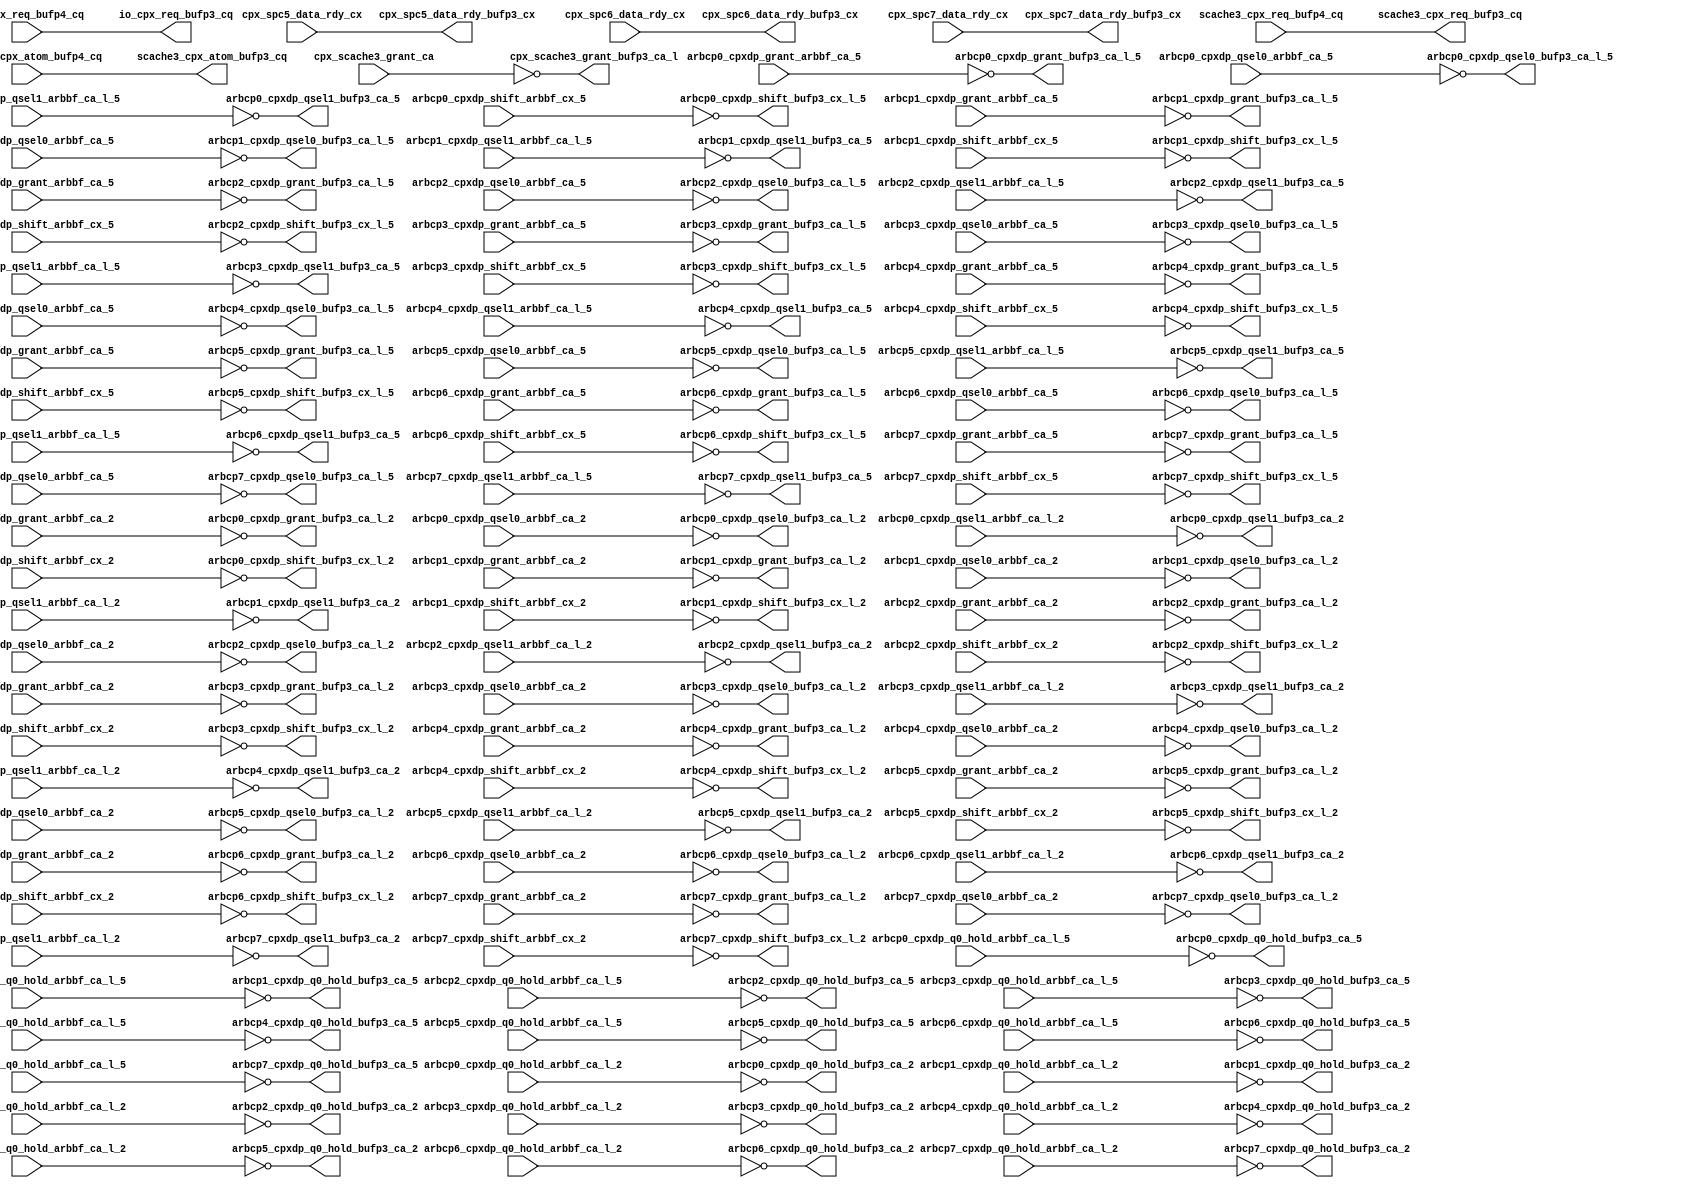
module cpx_buf_p3(/*AUTOARG*/
   // Outputs
   scache3_cpx_req_bufp3_cq, scache3_cpx_atom_bufp3_cq, 
   io_cpx_req_bufp3_cq, cpx_scache3_grant_bufp3_ca_l, 
   cpx_spc5_data_rdy_bufp3_cx, cpx_spc6_data_rdy_bufp3_cx, 
   cpx_spc7_data_rdy_bufp3_cx, arbcp0_cpxdp_grant_bufp3_ca_l_5, 
   arbcp0_cpxdp_q0_hold_bufp3_ca_5, arbcp0_cpxdp_qsel0_bufp3_ca_l_5, 
   arbcp0_cpxdp_qsel1_bufp3_ca_5, arbcp0_cpxdp_shift_bufp3_cx_l_5, 
   arbcp1_cpxdp_grant_bufp3_ca_l_5, arbcp1_cpxdp_q0_hold_bufp3_ca_5, 
   arbcp1_cpxdp_qsel0_bufp3_ca_l_5, arbcp1_cpxdp_qsel1_bufp3_ca_5, 
   arbcp1_cpxdp_shift_bufp3_cx_l_5, arbcp2_cpxdp_grant_bufp3_ca_l_5, 
   arbcp2_cpxdp_q0_hold_bufp3_ca_5, arbcp2_cpxdp_qsel0_bufp3_ca_l_5, 
   arbcp2_cpxdp_qsel1_bufp3_ca_5, arbcp2_cpxdp_shift_bufp3_cx_l_5, 
   arbcp3_cpxdp_grant_bufp3_ca_l_5, arbcp3_cpxdp_q0_hold_bufp3_ca_5, 
   arbcp3_cpxdp_qsel0_bufp3_ca_l_5, arbcp3_cpxdp_qsel1_bufp3_ca_5, 
   arbcp3_cpxdp_shift_bufp3_cx_l_5, arbcp4_cpxdp_grant_bufp3_ca_l_5, 
   arbcp4_cpxdp_q0_hold_bufp3_ca_5, arbcp4_cpxdp_qsel0_bufp3_ca_l_5, 
   arbcp4_cpxdp_qsel1_bufp3_ca_5, arbcp4_cpxdp_shift_bufp3_cx_l_5, 
   arbcp5_cpxdp_grant_bufp3_ca_l_5, arbcp5_cpxdp_q0_hold_bufp3_ca_5, 
   arbcp5_cpxdp_qsel0_bufp3_ca_l_5, arbcp5_cpxdp_qsel1_bufp3_ca_5, 
   arbcp5_cpxdp_shift_bufp3_cx_l_5, arbcp6_cpxdp_grant_bufp3_ca_l_5, 
   arbcp6_cpxdp_q0_hold_bufp3_ca_5, arbcp6_cpxdp_qsel0_bufp3_ca_l_5, 
   arbcp6_cpxdp_qsel1_bufp3_ca_5, arbcp6_cpxdp_shift_bufp3_cx_l_5, 
   arbcp7_cpxdp_grant_bufp3_ca_l_5, arbcp7_cpxdp_q0_hold_bufp3_ca_5, 
   arbcp7_cpxdp_qsel0_bufp3_ca_l_5, arbcp7_cpxdp_qsel1_bufp3_ca_5, 
   arbcp7_cpxdp_shift_bufp3_cx_l_5, arbcp0_cpxdp_grant_bufp3_ca_l_2, 
   arbcp0_cpxdp_q0_hold_bufp3_ca_2, arbcp0_cpxdp_qsel0_bufp3_ca_l_2, 
   arbcp0_cpxdp_qsel1_bufp3_ca_2, arbcp0_cpxdp_shift_bufp3_cx_l_2, 
   arbcp1_cpxdp_grant_bufp3_ca_l_2, arbcp1_cpxdp_q0_hold_bufp3_ca_2, 
   arbcp1_cpxdp_qsel0_bufp3_ca_l_2, arbcp1_cpxdp_qsel1_bufp3_ca_2, 
   arbcp1_cpxdp_shift_bufp3_cx_l_2, arbcp2_cpxdp_grant_bufp3_ca_l_2, 
   arbcp2_cpxdp_q0_hold_bufp3_ca_2, arbcp2_cpxdp_qsel0_bufp3_ca_l_2, 
   arbcp2_cpxdp_qsel1_bufp3_ca_2, arbcp2_cpxdp_shift_bufp3_cx_l_2, 
   arbcp3_cpxdp_grant_bufp3_ca_l_2, arbcp3_cpxdp_q0_hold_bufp3_ca_2, 
   arbcp3_cpxdp_qsel0_bufp3_ca_l_2, arbcp3_cpxdp_qsel1_bufp3_ca_2, 
   arbcp3_cpxdp_shift_bufp3_cx_l_2, arbcp4_cpxdp_grant_bufp3_ca_l_2, 
   arbcp4_cpxdp_q0_hold_bufp3_ca_2, arbcp4_cpxdp_qsel0_bufp3_ca_l_2, 
   arbcp4_cpxdp_qsel1_bufp3_ca_2, arbcp4_cpxdp_shift_bufp3_cx_l_2, 
   arbcp5_cpxdp_grant_bufp3_ca_l_2, arbcp5_cpxdp_q0_hold_bufp3_ca_2, 
   arbcp5_cpxdp_qsel0_bufp3_ca_l_2, arbcp5_cpxdp_qsel1_bufp3_ca_2, 
   arbcp5_cpxdp_shift_bufp3_cx_l_2, arbcp6_cpxdp_grant_bufp3_ca_l_2, 
   arbcp6_cpxdp_q0_hold_bufp3_ca_2, arbcp6_cpxdp_qsel0_bufp3_ca_l_2, 
   arbcp6_cpxdp_qsel1_bufp3_ca_2, arbcp6_cpxdp_shift_bufp3_cx_l_2, 
   arbcp7_cpxdp_grant_bufp3_ca_l_2, arbcp7_cpxdp_q0_hold_bufp3_ca_2, 
   arbcp7_cpxdp_qsel0_bufp3_ca_l_2, arbcp7_cpxdp_qsel1_bufp3_ca_2, 
   arbcp7_cpxdp_shift_bufp3_cx_l_2, 
   // Inputs
   scache3_cpx_req_bufp4_cq, scache3_cpx_atom_bufp4_cq, 
   io_cpx_req_bufp4_cq, cpx_scache3_grant_ca, cpx_spc5_data_rdy_cx, 
   cpx_spc6_data_rdy_cx, cpx_spc7_data_rdy_cx, 
   arbcp0_cpxdp_grant_arbbf_ca_5, arbcp0_cpxdp_q0_hold_arbbf_ca_l_5, 
   arbcp0_cpxdp_qsel0_arbbf_ca_5, arbcp0_cpxdp_qsel1_arbbf_ca_l_5, 
   arbcp0_cpxdp_shift_arbbf_cx_5, arbcp1_cpxdp_grant_arbbf_ca_5, 
   arbcp1_cpxdp_q0_hold_arbbf_ca_l_5, arbcp1_cpxdp_qsel0_arbbf_ca_5, 
   arbcp1_cpxdp_qsel1_arbbf_ca_l_5, arbcp1_cpxdp_shift_arbbf_cx_5, 
   arbcp2_cpxdp_grant_arbbf_ca_5, arbcp2_cpxdp_q0_hold_arbbf_ca_l_5, 
   arbcp2_cpxdp_qsel0_arbbf_ca_5, arbcp2_cpxdp_qsel1_arbbf_ca_l_5, 
   arbcp2_cpxdp_shift_arbbf_cx_5, arbcp3_cpxdp_grant_arbbf_ca_5, 
   arbcp3_cpxdp_q0_hold_arbbf_ca_l_5, arbcp3_cpxdp_qsel0_arbbf_ca_5, 
   arbcp3_cpxdp_qsel1_arbbf_ca_l_5, arbcp3_cpxdp_shift_arbbf_cx_5, 
   arbcp4_cpxdp_grant_arbbf_ca_5, arbcp4_cpxdp_q0_hold_arbbf_ca_l_5, 
   arbcp4_cpxdp_qsel0_arbbf_ca_5, arbcp4_cpxdp_qsel1_arbbf_ca_l_5, 
   arbcp4_cpxdp_shift_arbbf_cx_5, arbcp5_cpxdp_grant_arbbf_ca_5, 
   arbcp5_cpxdp_q0_hold_arbbf_ca_l_5, arbcp5_cpxdp_qsel0_arbbf_ca_5, 
   arbcp5_cpxdp_qsel1_arbbf_ca_l_5, arbcp5_cpxdp_shift_arbbf_cx_5, 
   arbcp6_cpxdp_grant_arbbf_ca_5, arbcp6_cpxdp_q0_hold_arbbf_ca_l_5, 
   arbcp6_cpxdp_qsel0_arbbf_ca_5, arbcp6_cpxdp_qsel1_arbbf_ca_l_5, 
   arbcp6_cpxdp_shift_arbbf_cx_5, arbcp7_cpxdp_grant_arbbf_ca_5, 
   arbcp7_cpxdp_q0_hold_arbbf_ca_l_5, arbcp7_cpxdp_qsel0_arbbf_ca_5, 
   arbcp7_cpxdp_qsel1_arbbf_ca_l_5, arbcp7_cpxdp_shift_arbbf_cx_5, 
   arbcp0_cpxdp_grant_arbbf_ca_2, arbcp0_cpxdp_q0_hold_arbbf_ca_l_2, 
   arbcp0_cpxdp_qsel0_arbbf_ca_2, arbcp0_cpxdp_qsel1_arbbf_ca_l_2, 
   arbcp0_cpxdp_shift_arbbf_cx_2, arbcp1_cpxdp_grant_arbbf_ca_2, 
   arbcp1_cpxdp_q0_hold_arbbf_ca_l_2, arbcp1_cpxdp_qsel0_arbbf_ca_2, 
   arbcp1_cpxdp_qsel1_arbbf_ca_l_2, arbcp1_cpxdp_shift_arbbf_cx_2, 
   arbcp2_cpxdp_grant_arbbf_ca_2, arbcp2_cpxdp_q0_hold_arbbf_ca_l_2, 
   arbcp2_cpxdp_qsel0_arbbf_ca_2, arbcp2_cpxdp_qsel1_arbbf_ca_l_2, 
   arbcp2_cpxdp_shift_arbbf_cx_2, arbcp3_cpxdp_grant_arbbf_ca_2, 
   arbcp3_cpxdp_q0_hold_arbbf_ca_l_2, arbcp3_cpxdp_qsel0_arbbf_ca_2, 
   arbcp3_cpxdp_qsel1_arbbf_ca_l_2, arbcp3_cpxdp_shift_arbbf_cx_2, 
   arbcp4_cpxdp_grant_arbbf_ca_2, arbcp4_cpxdp_q0_hold_arbbf_ca_l_2, 
   arbcp4_cpxdp_qsel0_arbbf_ca_2, arbcp4_cpxdp_qsel1_arbbf_ca_l_2, 
   arbcp4_cpxdp_shift_arbbf_cx_2, arbcp5_cpxdp_grant_arbbf_ca_2, 
   arbcp5_cpxdp_q0_hold_arbbf_ca_l_2, arbcp5_cpxdp_qsel0_arbbf_ca_2, 
   arbcp5_cpxdp_qsel1_arbbf_ca_l_2, arbcp5_cpxdp_shift_arbbf_cx_2, 
   arbcp6_cpxdp_grant_arbbf_ca_2, arbcp6_cpxdp_q0_hold_arbbf_ca_l_2, 
   arbcp6_cpxdp_qsel0_arbbf_ca_2, arbcp6_cpxdp_qsel1_arbbf_ca_l_2, 
   arbcp6_cpxdp_shift_arbbf_cx_2, arbcp7_cpxdp_grant_arbbf_ca_2, 
   arbcp7_cpxdp_q0_hold_arbbf_ca_l_2, arbcp7_cpxdp_qsel0_arbbf_ca_2, 
   arbcp7_cpxdp_qsel1_arbbf_ca_l_2, arbcp7_cpxdp_shift_arbbf_cx_2
   );
   
   output [7:0]		scache3_cpx_req_bufp3_cq		        ;	
   output 		scache3_cpx_atom_bufp3_cq		        ;	
   output [7:0]		io_cpx_req_bufp3_cq		        ;	
   output [7:0]		cpx_scache3_grant_bufp3_ca_l;
   output     		cpx_spc5_data_rdy_bufp3_cx;
   output     		cpx_spc6_data_rdy_bufp3_cx;
   output     		cpx_spc7_data_rdy_bufp3_cx;

   output 		arbcp0_cpxdp_grant_bufp3_ca_l_5		;	
   output 		arbcp0_cpxdp_q0_hold_bufp3_ca_5		;
   output 		arbcp0_cpxdp_qsel0_bufp3_ca_l_5		;	
   output 		arbcp0_cpxdp_qsel1_bufp3_ca_5		;	
   output 		arbcp0_cpxdp_shift_bufp3_cx_l_5		;	

   output 		arbcp1_cpxdp_grant_bufp3_ca_l_5		;	
   output 		arbcp1_cpxdp_q0_hold_bufp3_ca_5		;
   output 		arbcp1_cpxdp_qsel0_bufp3_ca_l_5		;	
   output 		arbcp1_cpxdp_qsel1_bufp3_ca_5		;	
   output 		arbcp1_cpxdp_shift_bufp3_cx_l_5		;	

   output 		arbcp2_cpxdp_grant_bufp3_ca_l_5		;	
   output 		arbcp2_cpxdp_q0_hold_bufp3_ca_5		;
   output 		arbcp2_cpxdp_qsel0_bufp3_ca_l_5		;	
   output 		arbcp2_cpxdp_qsel1_bufp3_ca_5		;	
   output 		arbcp2_cpxdp_shift_bufp3_cx_l_5		;	

   output 		arbcp3_cpxdp_grant_bufp3_ca_l_5		;	
   output 		arbcp3_cpxdp_q0_hold_bufp3_ca_5		;
   output 		arbcp3_cpxdp_qsel0_bufp3_ca_l_5		;	
   output 		arbcp3_cpxdp_qsel1_bufp3_ca_5		;	
   output 		arbcp3_cpxdp_shift_bufp3_cx_l_5		;	

   output 		arbcp4_cpxdp_grant_bufp3_ca_l_5		;	
   output 		arbcp4_cpxdp_q0_hold_bufp3_ca_5		;
   output 		arbcp4_cpxdp_qsel0_bufp3_ca_l_5		;	
   output 		arbcp4_cpxdp_qsel1_bufp3_ca_5		;	
   output 		arbcp4_cpxdp_shift_bufp3_cx_l_5		;	

   output 		arbcp5_cpxdp_grant_bufp3_ca_l_5		;	
   output 		arbcp5_cpxdp_q0_hold_bufp3_ca_5		;
   output 		arbcp5_cpxdp_qsel0_bufp3_ca_l_5		;	
   output 		arbcp5_cpxdp_qsel1_bufp3_ca_5		;	
   output 		arbcp5_cpxdp_shift_bufp3_cx_l_5		;	

   output 		arbcp6_cpxdp_grant_bufp3_ca_l_5		;	
   output 		arbcp6_cpxdp_q0_hold_bufp3_ca_5		;
   output 		arbcp6_cpxdp_qsel0_bufp3_ca_l_5		;	
   output 		arbcp6_cpxdp_qsel1_bufp3_ca_5		;	
   output 		arbcp6_cpxdp_shift_bufp3_cx_l_5		;	

   output 		arbcp7_cpxdp_grant_bufp3_ca_l_5		;	
   output 		arbcp7_cpxdp_q0_hold_bufp3_ca_5		;
   output 		arbcp7_cpxdp_qsel0_bufp3_ca_l_5		;	
   output 		arbcp7_cpxdp_qsel1_bufp3_ca_5		;	
   output 		arbcp7_cpxdp_shift_bufp3_cx_l_5		;	
   
   


   input [7:0]		scache3_cpx_req_bufp4_cq;	
   input 		scache3_cpx_atom_bufp4_cq;	
   input [7:0]		io_cpx_req_bufp4_cq;	
   input [7:0]		cpx_scache3_grant_ca;
   input     		cpx_spc5_data_rdy_cx;
   input     		cpx_spc6_data_rdy_cx;
   input     		cpx_spc7_data_rdy_cx;

   
   input 		arbcp0_cpxdp_grant_arbbf_ca_5;	
   input 		arbcp0_cpxdp_q0_hold_arbbf_ca_l_5;
   input 		arbcp0_cpxdp_qsel0_arbbf_ca_5;	
   input 		arbcp0_cpxdp_qsel1_arbbf_ca_l_5;	
   input 		arbcp0_cpxdp_shift_arbbf_cx_5;	

   input 		arbcp1_cpxdp_grant_arbbf_ca_5;	
   input 		arbcp1_cpxdp_q0_hold_arbbf_ca_l_5;
   input 		arbcp1_cpxdp_qsel0_arbbf_ca_5;	
   input 		arbcp1_cpxdp_qsel1_arbbf_ca_l_5;	
   input 		arbcp1_cpxdp_shift_arbbf_cx_5;	

   input 		arbcp2_cpxdp_grant_arbbf_ca_5;	
   input 		arbcp2_cpxdp_q0_hold_arbbf_ca_l_5;
   input 		arbcp2_cpxdp_qsel0_arbbf_ca_5;	
   input 		arbcp2_cpxdp_qsel1_arbbf_ca_l_5;	
   input 		arbcp2_cpxdp_shift_arbbf_cx_5;	

   input 		arbcp3_cpxdp_grant_arbbf_ca_5;	
   input 		arbcp3_cpxdp_q0_hold_arbbf_ca_l_5;
   input 		arbcp3_cpxdp_qsel0_arbbf_ca_5;	
   input 		arbcp3_cpxdp_qsel1_arbbf_ca_l_5;	
   input 		arbcp3_cpxdp_shift_arbbf_cx_5;	

   input 		arbcp4_cpxdp_grant_arbbf_ca_5;	
   input 		arbcp4_cpxdp_q0_hold_arbbf_ca_l_5;
   input 		arbcp4_cpxdp_qsel0_arbbf_ca_5;	
   input 		arbcp4_cpxdp_qsel1_arbbf_ca_l_5;	
   input 		arbcp4_cpxdp_shift_arbbf_cx_5;	

   input 		arbcp5_cpxdp_grant_arbbf_ca_5;	
   input 		arbcp5_cpxdp_q0_hold_arbbf_ca_l_5;
   input 		arbcp5_cpxdp_qsel0_arbbf_ca_5;	
   input 		arbcp5_cpxdp_qsel1_arbbf_ca_l_5;	
   input 		arbcp5_cpxdp_shift_arbbf_cx_5;	

   input 		arbcp6_cpxdp_grant_arbbf_ca_5;	
   input 		arbcp6_cpxdp_q0_hold_arbbf_ca_l_5;
   input 		arbcp6_cpxdp_qsel0_arbbf_ca_5;	
   input 		arbcp6_cpxdp_qsel1_arbbf_ca_l_5;	
   input 		arbcp6_cpxdp_shift_arbbf_cx_5;	

   input 		arbcp7_cpxdp_grant_arbbf_ca_5;	
   input 		arbcp7_cpxdp_q0_hold_arbbf_ca_l_5;
   input 		arbcp7_cpxdp_qsel0_arbbf_ca_5;	
   input 		arbcp7_cpxdp_qsel1_arbbf_ca_l_5;	
   input 		arbcp7_cpxdp_shift_arbbf_cx_5;	
   

   output 		arbcp0_cpxdp_grant_bufp3_ca_l_2		;	
   output 		arbcp0_cpxdp_q0_hold_bufp3_ca_2		;
   output 		arbcp0_cpxdp_qsel0_bufp3_ca_l_2		;	
   output 		arbcp0_cpxdp_qsel1_bufp3_ca_2		;	
   output 		arbcp0_cpxdp_shift_bufp3_cx_l_2		;	

   output 		arbcp1_cpxdp_grant_bufp3_ca_l_2		;	
   output 		arbcp1_cpxdp_q0_hold_bufp3_ca_2		;
   output 		arbcp1_cpxdp_qsel0_bufp3_ca_l_2		;	
   output 		arbcp1_cpxdp_qsel1_bufp3_ca_2		;	
   output 		arbcp1_cpxdp_shift_bufp3_cx_l_2		;	

   output 		arbcp2_cpxdp_grant_bufp3_ca_l_2		;	
   output 		arbcp2_cpxdp_q0_hold_bufp3_ca_2		;
   output 		arbcp2_cpxdp_qsel0_bufp3_ca_l_2		;	
   output 		arbcp2_cpxdp_qsel1_bufp3_ca_2		;	
   output 		arbcp2_cpxdp_shift_bufp3_cx_l_2		;	

   output 		arbcp3_cpxdp_grant_bufp3_ca_l_2		;	
   output 		arbcp3_cpxdp_q0_hold_bufp3_ca_2		;
   output 		arbcp3_cpxdp_qsel0_bufp3_ca_l_2		;	
   output 		arbcp3_cpxdp_qsel1_bufp3_ca_2		;	
   output 		arbcp3_cpxdp_shift_bufp3_cx_l_2		;	

   output 		arbcp4_cpxdp_grant_bufp3_ca_l_2		;	
   output 		arbcp4_cpxdp_q0_hold_bufp3_ca_2		;
   output 		arbcp4_cpxdp_qsel0_bufp3_ca_l_2		;	
   output 		arbcp4_cpxdp_qsel1_bufp3_ca_2		;	
   output 		arbcp4_cpxdp_shift_bufp3_cx_l_2		;	

   output 		arbcp5_cpxdp_grant_bufp3_ca_l_2		;	
   output 		arbcp5_cpxdp_q0_hold_bufp3_ca_2		;
   output 		arbcp5_cpxdp_qsel0_bufp3_ca_l_2		;	
   output 		arbcp5_cpxdp_qsel1_bufp3_ca_2		;	
   output 		arbcp5_cpxdp_shift_bufp3_cx_l_2		;	

   output 		arbcp6_cpxdp_grant_bufp3_ca_l_2		;	
   output 		arbcp6_cpxdp_q0_hold_bufp3_ca_2		;
   output 		arbcp6_cpxdp_qsel0_bufp3_ca_l_2		;	
   output 		arbcp6_cpxdp_qsel1_bufp3_ca_2		;	
   output 		arbcp6_cpxdp_shift_bufp3_cx_l_2		;	

   output 		arbcp7_cpxdp_grant_bufp3_ca_l_2		;	
   output 		arbcp7_cpxdp_q0_hold_bufp3_ca_2		;
   output 		arbcp7_cpxdp_qsel0_bufp3_ca_l_2		;	
   output 		arbcp7_cpxdp_qsel1_bufp3_ca_2		;	
   output 		arbcp7_cpxdp_shift_bufp3_cx_l_2		;	
   
   
   input 		arbcp0_cpxdp_grant_arbbf_ca_2;	
   input 		arbcp0_cpxdp_q0_hold_arbbf_ca_l_2;
   input 		arbcp0_cpxdp_qsel0_arbbf_ca_2;	
   input 		arbcp0_cpxdp_qsel1_arbbf_ca_l_2;	
   input 		arbcp0_cpxdp_shift_arbbf_cx_2;	

   input 		arbcp1_cpxdp_grant_arbbf_ca_2;	
   input 		arbcp1_cpxdp_q0_hold_arbbf_ca_l_2;
   input 		arbcp1_cpxdp_qsel0_arbbf_ca_2;	
   input 		arbcp1_cpxdp_qsel1_arbbf_ca_l_2;	
   input 		arbcp1_cpxdp_shift_arbbf_cx_2;	

   input 		arbcp2_cpxdp_grant_arbbf_ca_2;	
   input 		arbcp2_cpxdp_q0_hold_arbbf_ca_l_2;
   input 		arbcp2_cpxdp_qsel0_arbbf_ca_2;	
   input 		arbcp2_cpxdp_qsel1_arbbf_ca_l_2;	
   input 		arbcp2_cpxdp_shift_arbbf_cx_2;	

   input 		arbcp3_cpxdp_grant_arbbf_ca_2;	
   input 		arbcp3_cpxdp_q0_hold_arbbf_ca_l_2;
   input 		arbcp3_cpxdp_qsel0_arbbf_ca_2;	
   input 		arbcp3_cpxdp_qsel1_arbbf_ca_l_2;	
   input 		arbcp3_cpxdp_shift_arbbf_cx_2;	

   input 		arbcp4_cpxdp_grant_arbbf_ca_2;	
   input 		arbcp4_cpxdp_q0_hold_arbbf_ca_l_2;
   input 		arbcp4_cpxdp_qsel0_arbbf_ca_2;	
   input 		arbcp4_cpxdp_qsel1_arbbf_ca_l_2;	
   input 		arbcp4_cpxdp_shift_arbbf_cx_2;	

   input 		arbcp5_cpxdp_grant_arbbf_ca_2;	
   input 		arbcp5_cpxdp_q0_hold_arbbf_ca_l_2;
   input 		arbcp5_cpxdp_qsel0_arbbf_ca_2;	
   input 		arbcp5_cpxdp_qsel1_arbbf_ca_l_2;	
   input 		arbcp5_cpxdp_shift_arbbf_cx_2;	

   input 		arbcp6_cpxdp_grant_arbbf_ca_2;	
   input 		arbcp6_cpxdp_q0_hold_arbbf_ca_l_2;
   input 		arbcp6_cpxdp_qsel0_arbbf_ca_2;	
   input 		arbcp6_cpxdp_qsel1_arbbf_ca_l_2;	
   input 		arbcp6_cpxdp_shift_arbbf_cx_2;	

   input 		arbcp7_cpxdp_grant_arbbf_ca_2;	
   input 		arbcp7_cpxdp_q0_hold_arbbf_ca_l_2;
   input 		arbcp7_cpxdp_qsel0_arbbf_ca_2;	
   input 		arbcp7_cpxdp_qsel1_arbbf_ca_l_2;	
   input 		arbcp7_cpxdp_shift_arbbf_cx_2;	
   

   assign		scache3_cpx_req_bufp3_cq[7:0]		=        scache3_cpx_req_bufp4_cq[7:0];
   assign 		scache3_cpx_atom_bufp3_cq		=        scache3_cpx_atom_bufp4_cq;
   assign		io_cpx_req_bufp3_cq[7:0]		=        io_cpx_req_bufp4_cq[7:0];
   assign               cpx_scache3_grant_bufp3_ca_l =                   ~cpx_scache3_grant_ca;
   assign     		cpx_spc5_data_rdy_bufp3_cx              =         cpx_spc5_data_rdy_cx;
   assign     		cpx_spc6_data_rdy_bufp3_cx              =         cpx_spc6_data_rdy_cx;
   assign     		cpx_spc7_data_rdy_bufp3_cx              =         cpx_spc7_data_rdy_cx;
   
								
   assign		arbcp0_cpxdp_grant_bufp3_ca_l_5	   =       ~  arbcp0_cpxdp_grant_arbbf_ca_5;      	
   assign		arbcp0_cpxdp_q0_hold_bufp3_ca_5	   =       ~ arbcp0_cpxdp_q0_hold_arbbf_ca_l_5;  
   assign		arbcp0_cpxdp_qsel0_bufp3_ca_l_5	   =       ~ arbcp0_cpxdp_qsel0_arbbf_ca_5;      
   assign		arbcp0_cpxdp_qsel1_bufp3_ca_5	   =       ~ arbcp0_cpxdp_qsel1_arbbf_ca_l_5;    
   assign		arbcp0_cpxdp_shift_bufp3_cx_l_5	   =       ~ arbcp0_cpxdp_shift_arbbf_cx_5;      
								                                                    
   assign		arbcp1_cpxdp_grant_bufp3_ca_l_5	   =       ~  arbcp1_cpxdp_grant_arbbf_ca_5;      	
   assign		arbcp1_cpxdp_q0_hold_bufp3_ca_5	   =       ~ arbcp1_cpxdp_q0_hold_arbbf_ca_l_5;  
   assign		arbcp1_cpxdp_qsel0_bufp3_ca_l_5	   =       ~ arbcp1_cpxdp_qsel0_arbbf_ca_5;      
   assign		arbcp1_cpxdp_qsel1_bufp3_ca_5	   =       ~ arbcp1_cpxdp_qsel1_arbbf_ca_l_5;    
   assign		arbcp1_cpxdp_shift_bufp3_cx_l_5	   =       ~ arbcp1_cpxdp_shift_arbbf_cx_5;      
								                                                    
   assign		arbcp2_cpxdp_grant_bufp3_ca_l_5	   =       ~  arbcp2_cpxdp_grant_arbbf_ca_5;      	
   assign		arbcp2_cpxdp_q0_hold_bufp3_ca_5	   =       ~ arbcp2_cpxdp_q0_hold_arbbf_ca_l_5;  
   assign		arbcp2_cpxdp_qsel0_bufp3_ca_l_5	   =       ~ arbcp2_cpxdp_qsel0_arbbf_ca_5;      
   assign		arbcp2_cpxdp_qsel1_bufp3_ca_5	   =       ~ arbcp2_cpxdp_qsel1_arbbf_ca_l_5;    
   assign		arbcp2_cpxdp_shift_bufp3_cx_l_5	   =       ~ arbcp2_cpxdp_shift_arbbf_cx_5;      
								                                                    
   assign		arbcp3_cpxdp_grant_bufp3_ca_l_5	   =       ~  arbcp3_cpxdp_grant_arbbf_ca_5;      	
   assign		arbcp3_cpxdp_q0_hold_bufp3_ca_5	   =       ~ arbcp3_cpxdp_q0_hold_arbbf_ca_l_5;  
   assign		arbcp3_cpxdp_qsel0_bufp3_ca_l_5	   =       ~ arbcp3_cpxdp_qsel0_arbbf_ca_5;      
   assign		arbcp3_cpxdp_qsel1_bufp3_ca_5	   =       ~ arbcp3_cpxdp_qsel1_arbbf_ca_l_5;    
   assign		arbcp3_cpxdp_shift_bufp3_cx_l_5	   =       ~ arbcp3_cpxdp_shift_arbbf_cx_5;      
								                                                    
   assign		arbcp4_cpxdp_grant_bufp3_ca_l_5	   =       ~  arbcp4_cpxdp_grant_arbbf_ca_5;      	
   assign		arbcp4_cpxdp_q0_hold_bufp3_ca_5	   =       ~ arbcp4_cpxdp_q0_hold_arbbf_ca_l_5;  
   assign		arbcp4_cpxdp_qsel0_bufp3_ca_l_5	   =       ~ arbcp4_cpxdp_qsel0_arbbf_ca_5;      
   assign		arbcp4_cpxdp_qsel1_bufp3_ca_5	   =       ~ arbcp4_cpxdp_qsel1_arbbf_ca_l_5;    
   assign		arbcp4_cpxdp_shift_bufp3_cx_l_5	   =       ~ arbcp4_cpxdp_shift_arbbf_cx_5;      
								                                                    
   assign		arbcp5_cpxdp_grant_bufp3_ca_l_5	   =       ~  arbcp5_cpxdp_grant_arbbf_ca_5;      	
   assign		arbcp5_cpxdp_q0_hold_bufp3_ca_5	   =       ~ arbcp5_cpxdp_q0_hold_arbbf_ca_l_5;  
   assign		arbcp5_cpxdp_qsel0_bufp3_ca_l_5	   =       ~ arbcp5_cpxdp_qsel0_arbbf_ca_5;      
   assign		arbcp5_cpxdp_qsel1_bufp3_ca_5	   =       ~ arbcp5_cpxdp_qsel1_arbbf_ca_l_5;    
   assign		arbcp5_cpxdp_shift_bufp3_cx_l_5	   =       ~ arbcp5_cpxdp_shift_arbbf_cx_5;         
								                                                    
   assign		arbcp6_cpxdp_grant_bufp3_ca_l_5	   =       ~  arbcp6_cpxdp_grant_arbbf_ca_5;      	
   assign		arbcp6_cpxdp_q0_hold_bufp3_ca_5	   =       ~ arbcp6_cpxdp_q0_hold_arbbf_ca_l_5;  
   assign		arbcp6_cpxdp_qsel0_bufp3_ca_l_5	   =       ~ arbcp6_cpxdp_qsel0_arbbf_ca_5;      
   assign		arbcp6_cpxdp_qsel1_bufp3_ca_5	   =       ~ arbcp6_cpxdp_qsel1_arbbf_ca_l_5;    
   assign		arbcp6_cpxdp_shift_bufp3_cx_l_5	   =       ~ arbcp6_cpxdp_shift_arbbf_cx_5;         
								                                                    
   assign		arbcp7_cpxdp_grant_bufp3_ca_l_5	   =       ~  arbcp7_cpxdp_grant_arbbf_ca_5;      	
   assign		arbcp7_cpxdp_q0_hold_bufp3_ca_5	   =       ~ arbcp7_cpxdp_q0_hold_arbbf_ca_l_5;  
   assign		arbcp7_cpxdp_qsel0_bufp3_ca_l_5	   =       ~ arbcp7_cpxdp_qsel0_arbbf_ca_5;      
   assign		arbcp7_cpxdp_qsel1_bufp3_ca_5	   =       ~ arbcp7_cpxdp_qsel1_arbbf_ca_l_5;    
   assign		arbcp7_cpxdp_shift_bufp3_cx_l_5	   =       ~ arbcp7_cpxdp_shift_arbbf_cx_5;         

   assign               arbcp0_cpxdp_grant_bufp3_ca_l_2    =       ~  arbcp0_cpxdp_grant_arbbf_ca_2;
   assign               arbcp0_cpxdp_q0_hold_bufp3_ca_2    =       ~ arbcp0_cpxdp_q0_hold_arbbf_ca_l_2;
   assign               arbcp0_cpxdp_qsel0_bufp3_ca_l_2    =       ~ arbcp0_cpxdp_qsel0_arbbf_ca_2;
   assign               arbcp0_cpxdp_qsel1_bufp3_ca_2      =       ~ arbcp0_cpxdp_qsel1_arbbf_ca_l_2;
   assign               arbcp0_cpxdp_shift_bufp3_cx_l_2    =       ~ arbcp0_cpxdp_shift_arbbf_cx_2;
                                                       
   assign               arbcp1_cpxdp_grant_bufp3_ca_l_2    =       ~  arbcp1_cpxdp_grant_arbbf_ca_2;
   assign               arbcp1_cpxdp_q0_hold_bufp3_ca_2    =       ~ arbcp1_cpxdp_q0_hold_arbbf_ca_l_2;
   assign               arbcp1_cpxdp_qsel0_bufp3_ca_l_2    =       ~ arbcp1_cpxdp_qsel0_arbbf_ca_2;
   assign               arbcp1_cpxdp_qsel1_bufp3_ca_2      =       ~ arbcp1_cpxdp_qsel1_arbbf_ca_l_2;
   assign               arbcp1_cpxdp_shift_bufp3_cx_l_2    =       ~ arbcp1_cpxdp_shift_arbbf_cx_2;
                                                       
   assign               arbcp2_cpxdp_grant_bufp3_ca_l_2    =       ~  arbcp2_cpxdp_grant_arbbf_ca_2;
   assign               arbcp2_cpxdp_q0_hold_bufp3_ca_2    =       ~ arbcp2_cpxdp_q0_hold_arbbf_ca_l_2;
   assign               arbcp2_cpxdp_qsel0_bufp3_ca_l_2    =       ~ arbcp2_cpxdp_qsel0_arbbf_ca_2;
   assign               arbcp2_cpxdp_qsel1_bufp3_ca_2      =       ~ arbcp2_cpxdp_qsel1_arbbf_ca_l_2;
   assign               arbcp2_cpxdp_shift_bufp3_cx_l_2    =       ~ arbcp2_cpxdp_shift_arbbf_cx_2;
                                                       
   assign               arbcp3_cpxdp_grant_bufp3_ca_l_2    =       ~  arbcp3_cpxdp_grant_arbbf_ca_2;
   assign               arbcp3_cpxdp_q0_hold_bufp3_ca_2    =       ~ arbcp3_cpxdp_q0_hold_arbbf_ca_l_2;
   assign               arbcp3_cpxdp_qsel0_bufp3_ca_l_2    =       ~ arbcp3_cpxdp_qsel0_arbbf_ca_2;
   assign               arbcp3_cpxdp_qsel1_bufp3_ca_2      =       ~ arbcp3_cpxdp_qsel1_arbbf_ca_l_2;
   assign               arbcp3_cpxdp_shift_bufp3_cx_l_2    =       ~ arbcp3_cpxdp_shift_arbbf_cx_2;
                                                       
   assign               arbcp4_cpxdp_grant_bufp3_ca_l_2    =       ~  arbcp4_cpxdp_grant_arbbf_ca_2;
   assign               arbcp4_cpxdp_q0_hold_bufp3_ca_2    =       ~ arbcp4_cpxdp_q0_hold_arbbf_ca_l_2;
   assign               arbcp4_cpxdp_qsel0_bufp3_ca_l_2    =       ~ arbcp4_cpxdp_qsel0_arbbf_ca_2;
   assign               arbcp4_cpxdp_qsel1_bufp3_ca_2      =       ~ arbcp4_cpxdp_qsel1_arbbf_ca_l_2;
   assign               arbcp4_cpxdp_shift_bufp3_cx_l_2    =       ~ arbcp4_cpxdp_shift_arbbf_cx_2;
                                                       
   assign               arbcp5_cpxdp_grant_bufp3_ca_l_2    =       ~  arbcp5_cpxdp_grant_arbbf_ca_2;
   assign               arbcp5_cpxdp_q0_hold_bufp3_ca_2    =       ~ arbcp5_cpxdp_q0_hold_arbbf_ca_l_2;
   assign               arbcp5_cpxdp_qsel0_bufp3_ca_l_2    =       ~ arbcp5_cpxdp_qsel0_arbbf_ca_2;
   assign               arbcp5_cpxdp_qsel1_bufp3_ca_2      =       ~ arbcp5_cpxdp_qsel1_arbbf_ca_l_2;
   assign               arbcp5_cpxdp_shift_bufp3_cx_l_2    =       ~ arbcp5_cpxdp_shift_arbbf_cx_2;
                                                       
   assign               arbcp6_cpxdp_grant_bufp3_ca_l_2    =       ~  arbcp6_cpxdp_grant_arbbf_ca_2;
   assign               arbcp6_cpxdp_q0_hold_bufp3_ca_2    =       ~ arbcp6_cpxdp_q0_hold_arbbf_ca_l_2;
   assign               arbcp6_cpxdp_qsel0_bufp3_ca_l_2    =       ~ arbcp6_cpxdp_qsel0_arbbf_ca_2;
   assign               arbcp6_cpxdp_qsel1_bufp3_ca_2      =       ~ arbcp6_cpxdp_qsel1_arbbf_ca_l_2;
   assign               arbcp6_cpxdp_shift_bufp3_cx_l_2    =       ~ arbcp6_cpxdp_shift_arbbf_cx_2;
                                                       
   assign               arbcp7_cpxdp_grant_bufp3_ca_l_2    =       ~  arbcp7_cpxdp_grant_arbbf_ca_2;
   assign               arbcp7_cpxdp_q0_hold_bufp3_ca_2    =       ~ arbcp7_cpxdp_q0_hold_arbbf_ca_l_2;
   assign               arbcp7_cpxdp_qsel0_bufp3_ca_l_2    =       ~ arbcp7_cpxdp_qsel0_arbbf_ca_2;
   assign               arbcp7_cpxdp_qsel1_bufp3_ca_2      =       ~ arbcp7_cpxdp_qsel1_arbbf_ca_l_2;    
   assign               arbcp7_cpxdp_shift_bufp3_cx_l_2    =       ~ arbcp7_cpxdp_shift_arbbf_cx_2;


   

endmodule